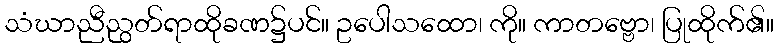
သံဃာညီညွတ်ရာထိုခဏ၌ပင်။ ဥပေါသထော၊ ကို။ ကာတဗ္ဗော၊ ပြုထိုက်၏။